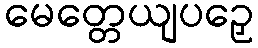
မေတ္တေယျပဉှေ